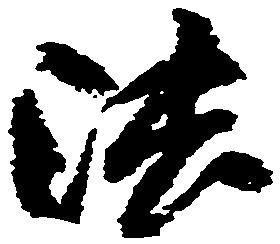
法